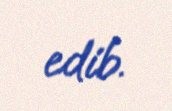
edib.